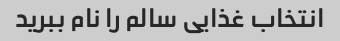
انتخاب غذایی سالم را نام ببرید